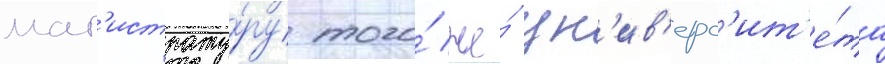
маг'истрату́ру того́ же́ ун'ив'ерс'ит'е́та